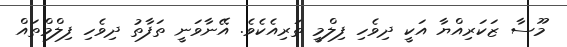
މޫސާ ޒަކަރިއްޔާ އަކީ ދިވެހި ފިލްމީ ތަރިއެކެވެ. އޭނާވަނީ ތަފާތު ދިވެހި ފިލްމްތައް